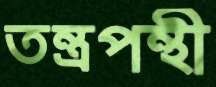
তন্ত্রপন্থী